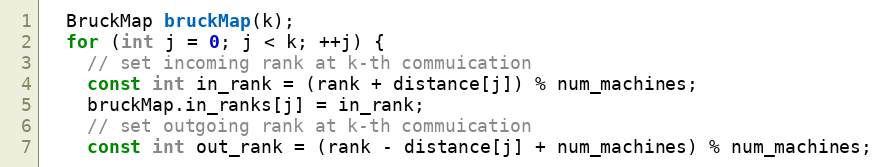
Language: C++
  BruckMap bruckMap(k);
  for (int j = 0; j < k; ++j) {
    // set incoming rank at k-th commuication
    const int in_rank = (rank + distance[j]) % num_machines;
    bruckMap.in_ranks[j] = in_rank;
    // set outgoing rank at k-th commuication
    const int out_rank = (rank - distance[j] + num_machines) % num_machines;